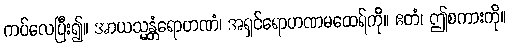
ကပ်လေပြီး၍။ အာယသ္မန္တံရောဟဏံ၊ အရှင်ရောဟဏမထေရ်ကို။ ဧတံ၊ ဤစကားကို။